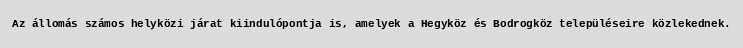
Az állomás számos helyközi járat kiindulópontja is, amelyek a Hegyköz és Bodrogköz településeire közlekednek.